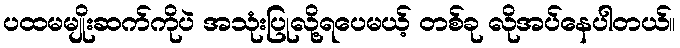
ပထမမျိုးဆက်ကိုပဲ အသုံးပြုလို့ရပေမယ့် တစ်ခု လိုအပ်နေပါတယ်။